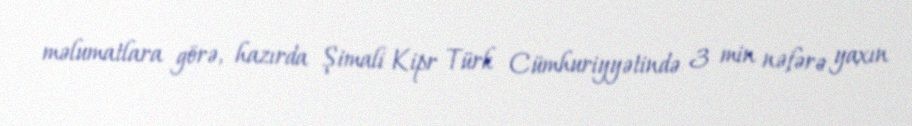
məlumatlara görə, hazırda Şimali Kipr Türk Cümhuriyyətində 3 min nəfərə yaxın